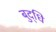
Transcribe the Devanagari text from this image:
बुद्‌धि